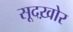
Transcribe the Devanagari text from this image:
सूदख़ोर